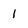
Character: 1